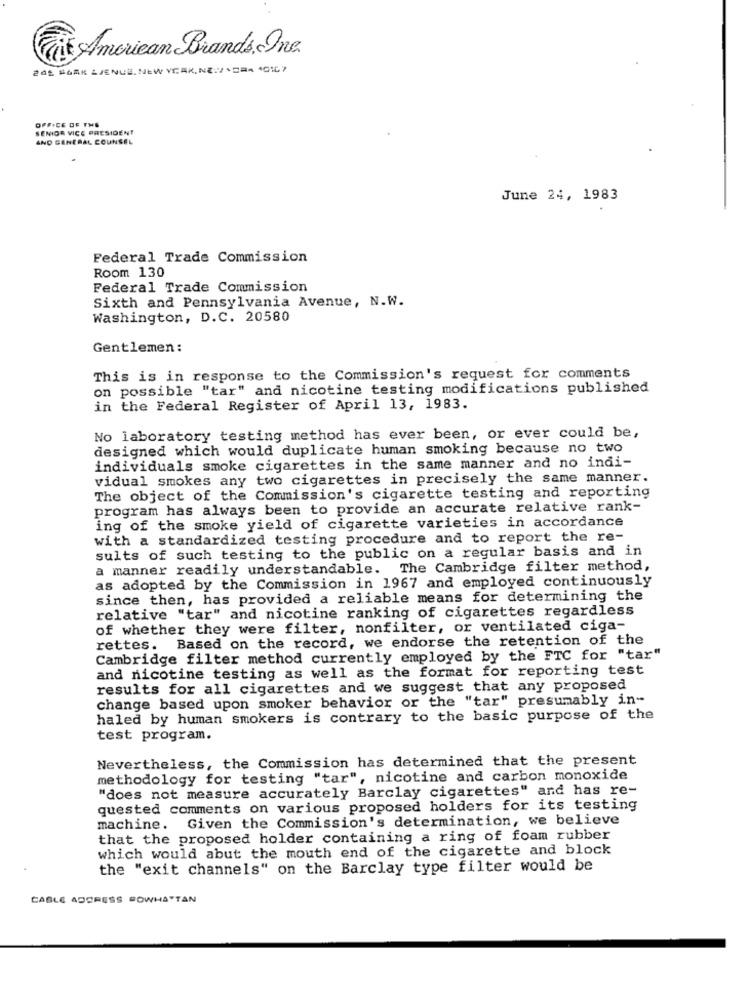
American Brands, Ine
20% BORK AVENUE. NEW YEAR, NE.V .SRA 4CIL?
OFFICE OF THE
SENIOR VICE PRESIDENT
AND GENERAL COUNSEL
June 24, 1983
Federal Trade Commission
Room 130
Federal Trade Commission
Sixth and Pennsylvania Avenue, N.W.
Washington, D.C. 20580
Gentlemen:
This is in response to the Commission's request for comments
on possible "tar" and nicotine testing modifications published
in the Federal Register of April 13, 1983.
No laboratory testing method has ever been, or ever could be,
designed which would duplicate human smoking because no two
individuals smoke cigarettes in the same manner and no indi-
vidual smokes any two cigarettes in precisely the same manner.
The object of the Commission's cigarette testing and reporting
program has always been to provide an accurate relative rank-
ing of the smoke yield of cigarette varieties in accordance
with a standardized testing procedure and to report the re-
sults of such testing to the public on a regular basis and in
a manner readily understandable. The Cambridge filter method,
as adopted by the Commission in 1967 and employed continuously
since then, has provided a reliable means for determining the
relative "tar" and nicotine ranking of cigarettes regardless
of whether they were filter, nonfilter, or ventilated ciga-
Based on the record, we endorse the retention of the
rettes.
Cambridge filter method currently employed by the FTC for "tar"
and nicotine testing as well as the format for reporting test
results for all cigarettes and we suggest that any proposed
change based upon smoker behavior or the "tar" presumably in-
haled by human smokers is contrary to the basic purpose of the
test program.
Nevertheless, the Commission has determined that the present
methodology for testing "tar", nicotine and carbon monoxide
"does not measure accurately Barclay cigarettes" and has re-
quested comments on various proposed holders for its testing
machine. Given the Commission's determination, we believe
that the proposed holder containing a ring of foam rubber
which would abut the mouth end of the cigarette and block
the "exit channels" on the Barclay type filter would be
CABLE ADDRESS POWHATAN